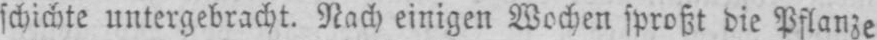
schichte untergebracht, Nach einigen Wochen sproßt die Pflanze